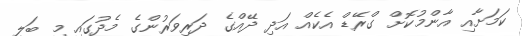
ކަމަށާއި އާންމުކޮށް ގްރޭޑް އެކެއް އަދި ދޭއްގެ ދަރިވަރުންގެ މެދުގައި މި ބަލި